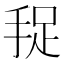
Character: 𱟻